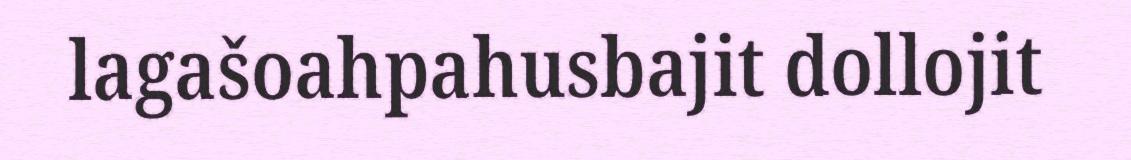
lagašoahpahusbajit dollojit